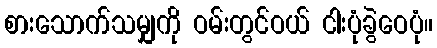
စားသောက်သမျှကို ဝမ်းတွင်ဝယ် ငါးပုံခွဲဝေပုံ။